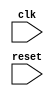
// Generator : SpinalHDL v1.7.2    git head : 08fc866bebdc40c471ebe327bface63e34406489
// Component : StreamArbiter_2
// Git hash  : 23d564a3e9d4d768c2cb1641ec7dc2becc0d2602

`timescale 1ns/1ps

module StreamArbiter_2 (
  input               clk,
  input               reset
);

  wire                streamArbiter_1_io_output_ready;
  wire                streamArbiter_1_io_inputs_0_ready;
  wire                streamArbiter_1_io_inputs_1_ready;
  wire                streamArbiter_1_io_inputs_2_ready;
  wire                streamArbiter_1_io_output_valid;
  wire       [7:0]    streamArbiter_1_io_output_payload;
  wire       [1:0]    streamArbiter_1_io_chosen;
  wire       [2:0]    streamArbiter_1_io_chosenOH;
  wire                streamD_valid;
  wire                streamD_ready;
  wire       [7:0]    streamD_payload;
  wire                streamE_valid;
  wire                streamE_ready;
  wire       [7:0]    streamE_payload;
  wire                streamF_valid;
  wire                streamF_ready;
  wire       [7:0]    streamF_payload;

  StreamArbiter streamArbiter_1 (
    .io_inputs_0_valid   (streamD_valid                         ), //i
    .io_inputs_0_ready   (streamArbiter_1_io_inputs_0_ready     ), //o
    .io_inputs_0_payload (streamD_payload[7:0]                  ), //i
    .io_inputs_1_valid   (streamE_valid                         ), //i
    .io_inputs_1_ready   (streamArbiter_1_io_inputs_1_ready     ), //o
    .io_inputs_1_payload (streamE_payload[7:0]                  ), //i
    .io_inputs_2_valid   (streamF_valid                         ), //i
    .io_inputs_2_ready   (streamArbiter_1_io_inputs_2_ready     ), //o
    .io_inputs_2_payload (streamF_payload[7:0]                  ), //i
    .io_output_valid     (streamArbiter_1_io_output_valid       ), //o
    .io_output_ready     (streamArbiter_1_io_output_ready       ), //i
    .io_output_payload   (streamArbiter_1_io_output_payload[7:0]), //o
    .io_chosen           (streamArbiter_1_io_chosen[1:0]        ), //o
    .io_chosenOH         (streamArbiter_1_io_chosenOH[2:0]      ), //o
    .clk                 (clk                                   ), //i
    .reset               (reset                                 )  //i
  );
  assign streamD_ready = streamArbiter_1_io_inputs_0_ready;
  assign streamE_ready = streamArbiter_1_io_inputs_1_ready;
  assign streamF_ready = streamArbiter_1_io_inputs_2_ready;

endmodule

module StreamArbiter (
  input               io_inputs_0_valid,
  output              io_inputs_0_ready,
  input      [7:0]    io_inputs_0_payload,
  input               io_inputs_1_valid,
  output              io_inputs_1_ready,
  input      [7:0]    io_inputs_1_payload,
  input               io_inputs_2_valid,
  output              io_inputs_2_ready,
  input      [7:0]    io_inputs_2_payload,
  output              io_output_valid,
  input               io_output_ready,
  output     [7:0]    io_output_payload,
  output     [1:0]    io_chosen,
  output     [2:0]    io_chosenOH,
  input               clk,
  input               reset
);

  wire       [2:0]    _zz__zz_maskProposal_1_1;
  reg        [7:0]    _zz_io_output_payload;
  wire       [1:0]    _zz_io_output_payload_1;
  wire                locked;
  wire                maskProposal_0;
  wire                maskProposal_1;
  wire                maskProposal_2;
  reg                 maskLocked_0;
  reg                 maskLocked_1;
  reg                 maskLocked_2;
  wire                maskRouted_0;
  wire                maskRouted_1;
  wire                maskRouted_2;
  wire       [2:0]    _zz_maskProposal_1;
  wire       [2:0]    _zz_maskProposal_1_1;
  wire                _zz_io_chosen;
  wire                _zz_io_chosen_1;

  assign _zz__zz_maskProposal_1_1 = (_zz_maskProposal_1 - 3'b001);
  assign _zz_io_output_payload_1 = {maskRouted_2,maskRouted_1};
  always @(*) begin
    case(_zz_io_output_payload_1)
      2'b00 : _zz_io_output_payload = io_inputs_0_payload;
      2'b01 : _zz_io_output_payload = io_inputs_1_payload;
      default : _zz_io_output_payload = io_inputs_2_payload;
    endcase
  end

  assign locked = 1'b0;
  assign maskRouted_0 = (locked ? maskLocked_0 : maskProposal_0);
  assign maskRouted_1 = (locked ? maskLocked_1 : maskProposal_1);
  assign maskRouted_2 = (locked ? maskLocked_2 : maskProposal_2);
  assign _zz_maskProposal_1 = {io_inputs_2_valid,{io_inputs_1_valid,io_inputs_0_valid}};
  assign _zz_maskProposal_1_1 = (_zz_maskProposal_1 & (~ _zz__zz_maskProposal_1_1));
  assign maskProposal_0 = io_inputs_0_valid;
  assign maskProposal_1 = _zz_maskProposal_1_1[1];
  assign maskProposal_2 = _zz_maskProposal_1_1[2];
  assign io_output_valid = (((io_inputs_0_valid && maskRouted_0) || (io_inputs_1_valid && maskRouted_1)) || (io_inputs_2_valid && maskRouted_2));
  assign io_output_payload = _zz_io_output_payload;
  assign io_inputs_0_ready = (maskRouted_0 && io_output_ready);
  assign io_inputs_1_ready = (maskRouted_1 && io_output_ready);
  assign io_inputs_2_ready = (maskRouted_2 && io_output_ready);
  assign io_chosenOH = {maskRouted_2,{maskRouted_1,maskRouted_0}};
  assign _zz_io_chosen = io_chosenOH[1];
  assign _zz_io_chosen_1 = io_chosenOH[2];
  assign io_chosen = {_zz_io_chosen_1,_zz_io_chosen};
  always @(posedge clk) begin
    if(io_output_valid) begin
      maskLocked_0 <= maskRouted_0;
      maskLocked_1 <= maskRouted_1;
      maskLocked_2 <= maskRouted_2;
    end
  end


endmodule